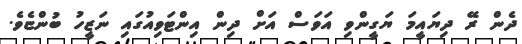
ދެން ރޭ ދިޔައީމަ ޔަގީންވި އަވަސް އަށް ދިން އިންޓަވިއުގައި ނަޒީހު ބުންޏެވެ.